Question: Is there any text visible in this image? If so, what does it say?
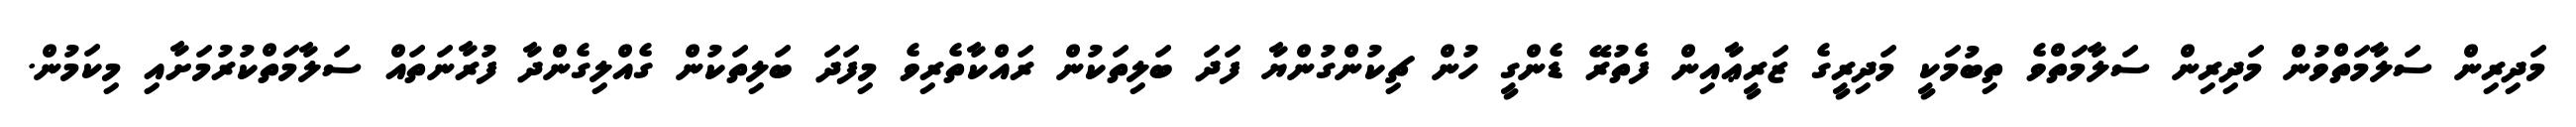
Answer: މަދިރިން ސަލާމަތްވުން މަދިރިން ސަލާމަތްވެ ތިބުމަކީ މަދިރީގެ ޒަރީޢާއިން ފެތުރޭ ޑެންގީ ހުން ޗިކުންގުންޔާ ފަދަ ބަލިތަކުން ރައްކާތެރިވެ މިފަދަ ބަލިތަކުން ގެއްލިގެންދާ ފުރާނަތައް ސަލާމަތްކުރުމަށާއި މިކަމުން.